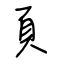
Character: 頁